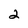
Character: 2